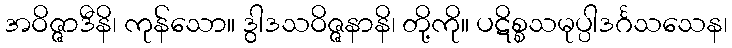
အဝိဇ္ဇာဒီနိ၊ ကုန်သော။ ဒွါဒသဝိဇ္ဇနာနိ၊ တို့ကို။ ပဋိစ္စသမုပ္ပါဒင်္ဂသသေန၊